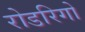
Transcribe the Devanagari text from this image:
रोडरिगो